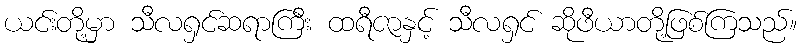
ယင်းတို့မှာ သီလရှင်ဆရာကြီး ထရီဇာနှင့် သီလရှင် ဆိုဖီယာတို့ဖြစ်ကြသည်။